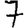
Digit: 7